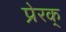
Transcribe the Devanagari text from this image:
प्रेरक्